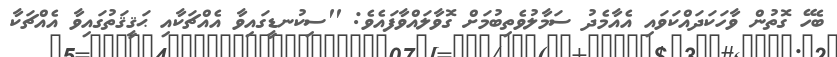
ބެހޭ ގޮތުން ވާހަކަދައްކަވައި އެއާމެދު ސަމާލުވެތިބުމަށް ގޮވާލައްވާފައެވެ: ''ސިކުނޑީގައިވާ އެއްޗަކާއި ޙަޤީޤަތުގައިވާ އެއްޗަކާ